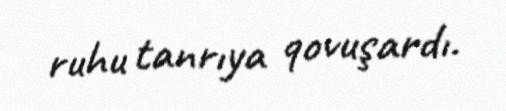
ruhu tanrıya qovuşardı.